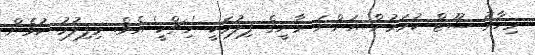
މިހާރު ޝޫޓް ކުރަމުން އަންނަ ރާނީގެ ފިލުމަކީ 'ހިޗްކީ' އެވެ. މިފިލުމު ކުޅެން